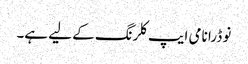
نو ڈرا نامی ایپ کلرنگ کے لیے ہے۔